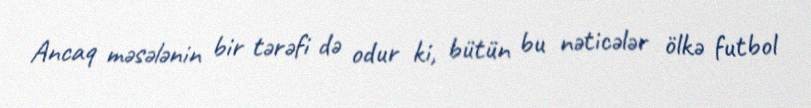
Ancaq məsələnin bir tərəfi də odur ki, bütün bu nəticələr ölkə futbol